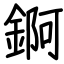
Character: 錒